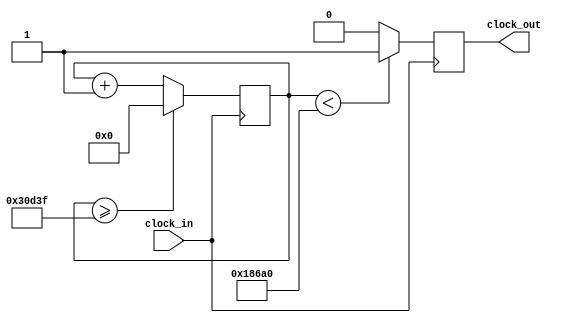
`timescale 1ns / 1ps
//////////////////////////////////////////////////////////////////////////////////
// Company: 
// Engineer: 
// 
// Design Name: 
// Module Name:    clock_de_500hz 
// Project Name: 
// Target Devices: 
// Tool versions: 
// Description: 
//
// Dependencies: 
//
// Revision: 
// Revision 0.01 - File Created
// Additional Comments: 
//
//////////////////////////////////////////////////////////////////////////////////
module clock_de_500hz(input clock_in, output reg clock_out);

reg [27:0]  counter = 28'd0;
parameter DIVISOR = 28'd200000;
always @(posedge clock_in)
begin
counter <= counter + 28'd1;
if (counter >=(DIVISOR-1))
counter <= 28'd0;
clock_out <= (counter<DIVISOR/2)?1'b1:1'b0;

end

endmodule



 
/*(clock_in,clock_out);
input clock_in;
output reg clock_out;
reg [21:0]z =22'd0;
parameter w =22'd200000;

always@(posedge clock_in)
begin
z<=z+22'd1;
if(z>=(w-1))
z<=22'd0;
clock_out<=(z<w/2)?1'b1:1'b0;
end
endmodule */